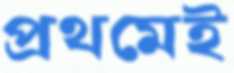
প্রথমেই